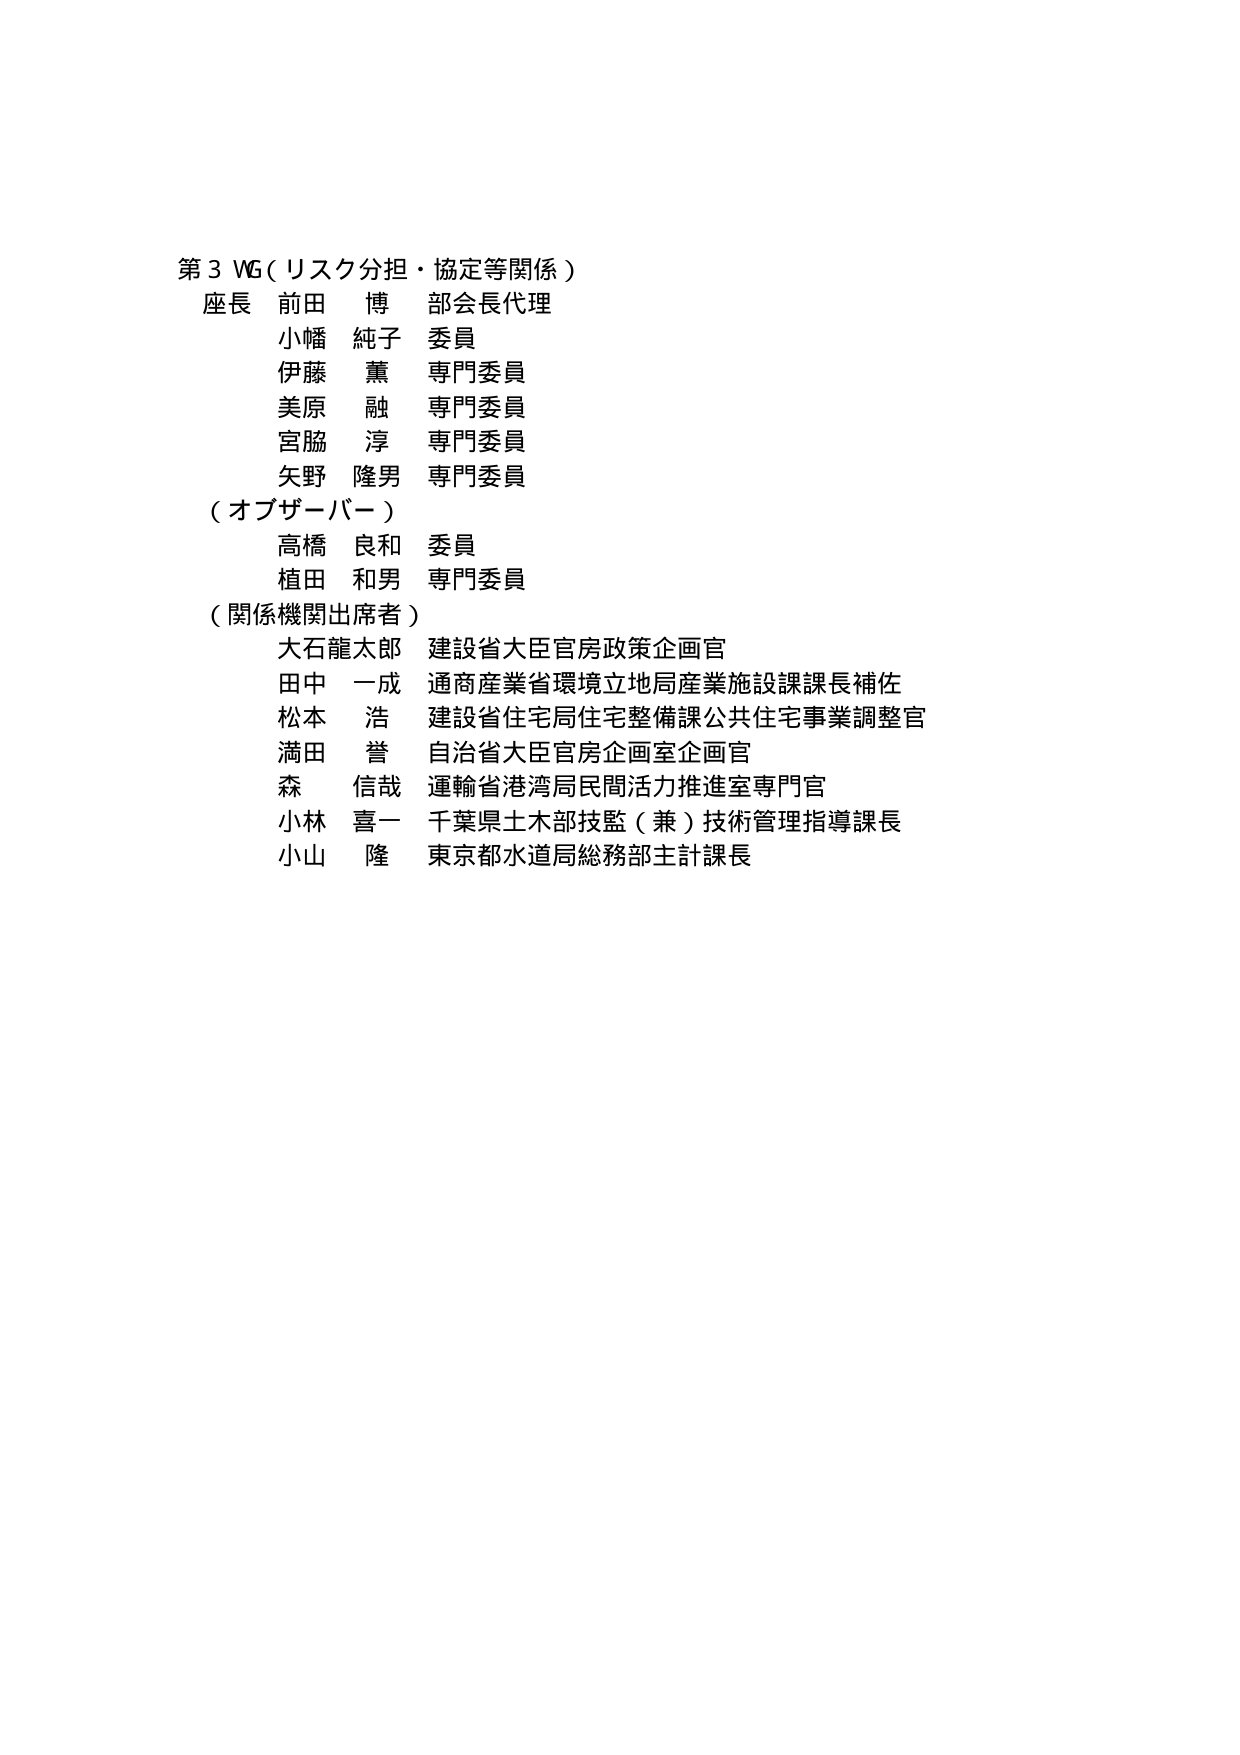
第３WG（リスク分担・協定等関係）

座長 前田 博 部会長代理
小幡 純子 委員
伊藤 薫 専門委員
美原 融 専門委員
宮脇 淳 専門委員
矢野 隆男 専門委員

（オブザーバー）
高橋 良和 委員
植田 和男 専門委員

（関係機関出席者）
大石 龍太郎 建設省大臣官房政策企画官
田中 一成 通商産業省環境立地局産業施設課課長補佐
松本 浩 建設省住宅局住宅整備課公共住宅事業調整官
満田 誉 自治省大臣官房企画室企画官
森 信哉 運輸省港湾局民間活力推進室専門官
小林 喜一 千葉県土木部技監（兼）技術管理指導課長
小山 隆 東京都水道局総務部主計課長